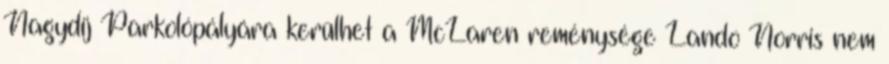
Nagydíj Parkolópályára kerülhet a McLaren reménysége Lando Norris nem